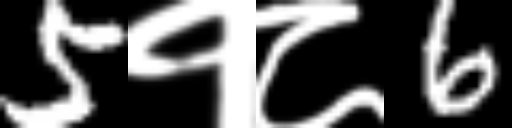
Text: 5१८6